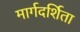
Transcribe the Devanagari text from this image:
मार्गदर्शिता